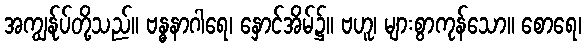
အကျွန်ုပ်တို့သည်။ ဗန္ဓနာဂါရေ၊ နှောင်အိမ်၌။ ဗဟူ၊ များစွာကုန်သော။ စောရေ၊